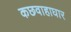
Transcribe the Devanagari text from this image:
कछवाहाघार